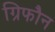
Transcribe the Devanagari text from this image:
ग्रिफौन